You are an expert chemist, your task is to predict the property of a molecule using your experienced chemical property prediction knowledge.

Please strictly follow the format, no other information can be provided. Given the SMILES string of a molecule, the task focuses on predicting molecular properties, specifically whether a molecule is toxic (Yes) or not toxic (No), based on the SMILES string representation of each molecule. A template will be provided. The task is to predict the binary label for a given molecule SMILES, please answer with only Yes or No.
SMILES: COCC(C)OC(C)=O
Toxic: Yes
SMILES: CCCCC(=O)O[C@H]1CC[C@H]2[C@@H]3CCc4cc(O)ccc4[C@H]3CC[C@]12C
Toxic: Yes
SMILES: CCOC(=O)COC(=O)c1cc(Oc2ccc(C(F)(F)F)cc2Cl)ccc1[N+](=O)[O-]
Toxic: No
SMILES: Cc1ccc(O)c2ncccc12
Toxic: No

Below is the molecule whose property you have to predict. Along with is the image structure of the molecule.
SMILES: CCCCCCCCCCCCCl
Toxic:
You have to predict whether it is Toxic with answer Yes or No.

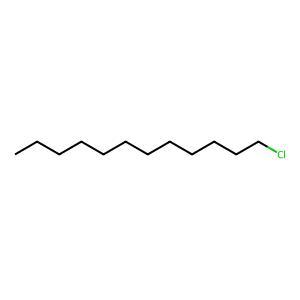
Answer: No